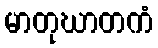
မာတုဃာတကံ